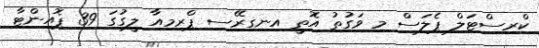
ކްރިސްޓަލް ޕެލަސް މި ވަގުތު އޮތީ އިނގިރޭސި ޕްރިމިއާ ލީގުގަ 39 ޕޮއިންޓާ